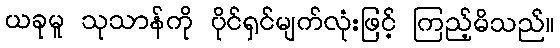
ယခုမူ သုသာန်ကို ပိုင်ရှင်မျက်လုံးဖြင့် ကြည့်မိသည်။